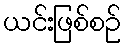
ယင်းဖြစ်စဉ်